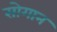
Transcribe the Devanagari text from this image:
सोगान